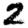
Digit: 2